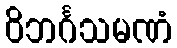
ဝိဘင်္ဂသမဏံ